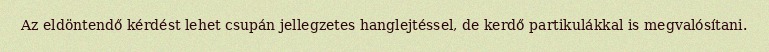
Az eldöntendő kérdést lehet csupán jellegzetes hanglejtéssel, de kerdő partikulákkal is megvalósítani.